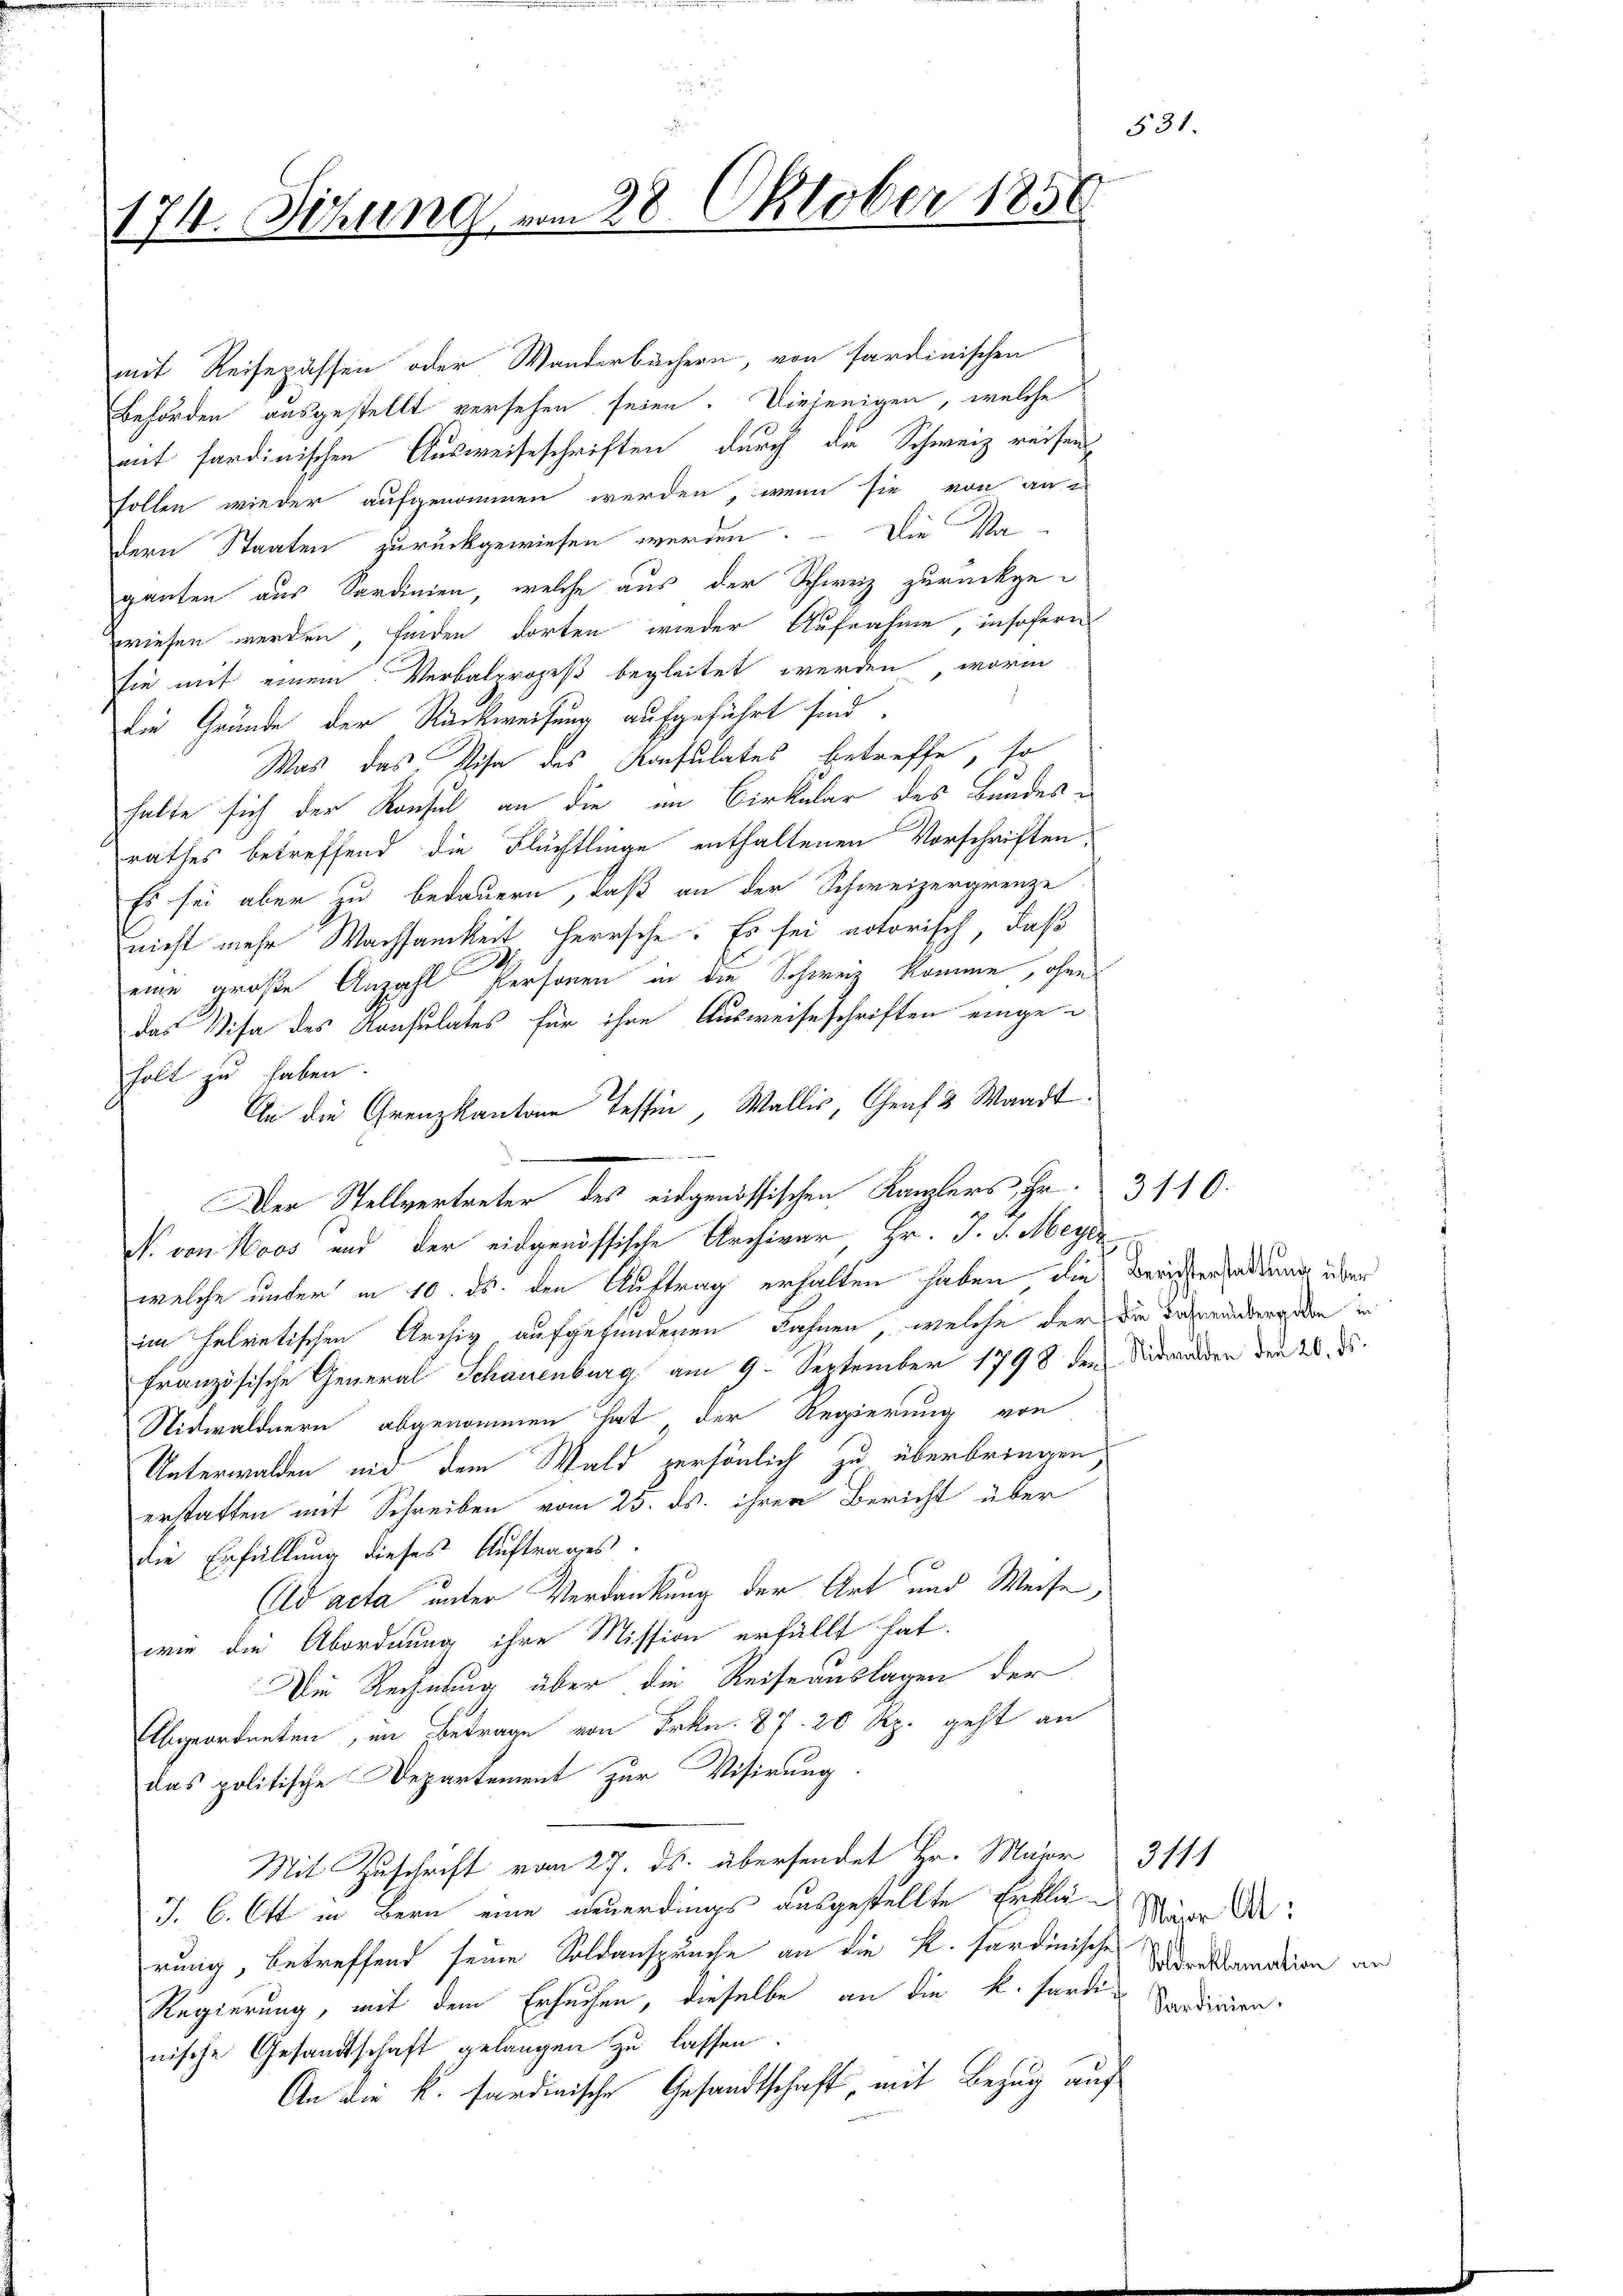
531.
4 Sitzung vom 28. Oktober 1850

115

mit Reisepässen oder Wanderbächern, von sardinischen
Behörden ausgestellt versehen seien. Diejenigen, welche
mit sardinischen Ausweiseschriften durch die Schweiz reisen
sollen wieder aufgenommen werden, wenn sie von an
dern Staaten zurückgewiesen werden. Die Va-
ganten aus Sardinien, welche aus der Schweiz zurückgewiesen werden, finden dorten wieder Aufnahme, insofern
sie mit einem Verbalprozeß begleitet werden, worinn
die Gründe der Rückweisung aufgeführt sind.
Was das Visa des Konsulates betreffe, so
halte sich der Konsul an die im Cirkular des Bandesrathes betreffend die Flüchtlinge enthaltenen Vorschriften,
Es sei aber zu bedauern, daß an der Schweizergrenze
nicht mehr Wachsamkeit herrsche. Es sei notorisch, daß
r
eine große Anzahl Personen in die Schweiz komme, ohne
das Visa des Konsulates für ihre Ausweiseschriften eingeholt zu haben.
An die Grenzkantone Tessin, Wallis, Graf 2 Waadt
welche unter in 10. ds. den Auftrag erhalten haben die Berichtensadung über
im helvetischen Archiv aufgefundenen Fahnen, welche der die Tagerundbergeben in
französische General Schauenburg am 9. September 1798 der Nidwalden den 24. d.
Nidwaldnern abgenommen hat, der Regierung von
Unterwalden und dem Wald persönlich zu überbringen,
erstatten mit Schreiben vom 25. ds. ihren Bericht über
die Erfüllung dieses Auftrages.
Ad acta unter Verdankung der Art und Weise,
wie die Abordnung ihre Mission erfällt hat.
Die Rechnung über die Reiseauslagen der
Abgeordneten, im Betrage von Frkn. 87. 20 Rp. geht an
das politische Departement zur Visirung.
Mit Zuschrift vom 27. ds. übersendet Hr. Marr 3111
J. C. Ott in Bern eine neuerdings ausgestellte Erklärt Wege de
rung, betreffend seine Soldansprache an die K. Sardinische
Regierung, mit dem Ersuchen, dieselbe an die k. Forden Sardiren.
nische Gesandtschaft gelangen zu lassen.
An die k. sardinische Gesandtschaft, mit Bezug auf

Der Stellvertreter des eidgenössischen Kanzlers Fr. 3110.
N. von Moos und der eidgenössische Archivar, Hr. J. J. Meyer

Soldreklamation an